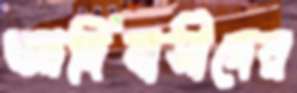
আদিবাসীদের